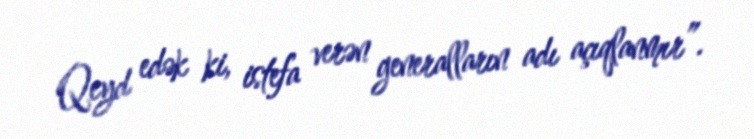
Qeyd edək ki, istefa verən generalların adı açıqlanmır”.